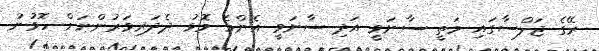
ރޭގެ ޖަލްސާގައި މަތީ ސާނަވީ އަދި ސާނަވީ އެންމެ މޮޅު ދެދަރިވަރުންނަށް ހޮވުނު